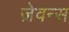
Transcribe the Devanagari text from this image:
ज़ेवन्स